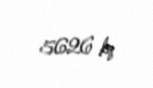
5626 kq